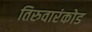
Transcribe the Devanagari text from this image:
तिरुवारंकोड